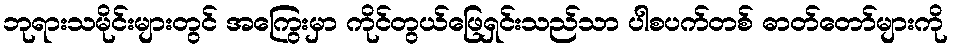
ဘုရားသမိုင်းများတွင် အကြွေးမှာ ကိုင်တွယ်ဖြေရှင်းသည်သာ ပါစပက်တစ် ဓာတ်တော်များကို